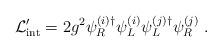
LaTeX: \begin{align*}{\cal L}_{\rm int}' = 2 g^2 \psi_R^{(i)\dagger} \psi_L^{(i)} \psi_L^{(j)\dagger} \psi_R^{(j)} \ .\end{align*}